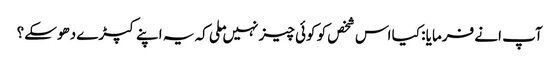
آپ انے فرمایا : کیا اس شخص کو کوئی چیز نہیں ملی کہ یہ اپنے کپڑے دھوسکے؟